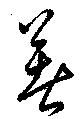
著